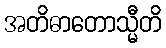
အတိဓာတောသ္မီတိ